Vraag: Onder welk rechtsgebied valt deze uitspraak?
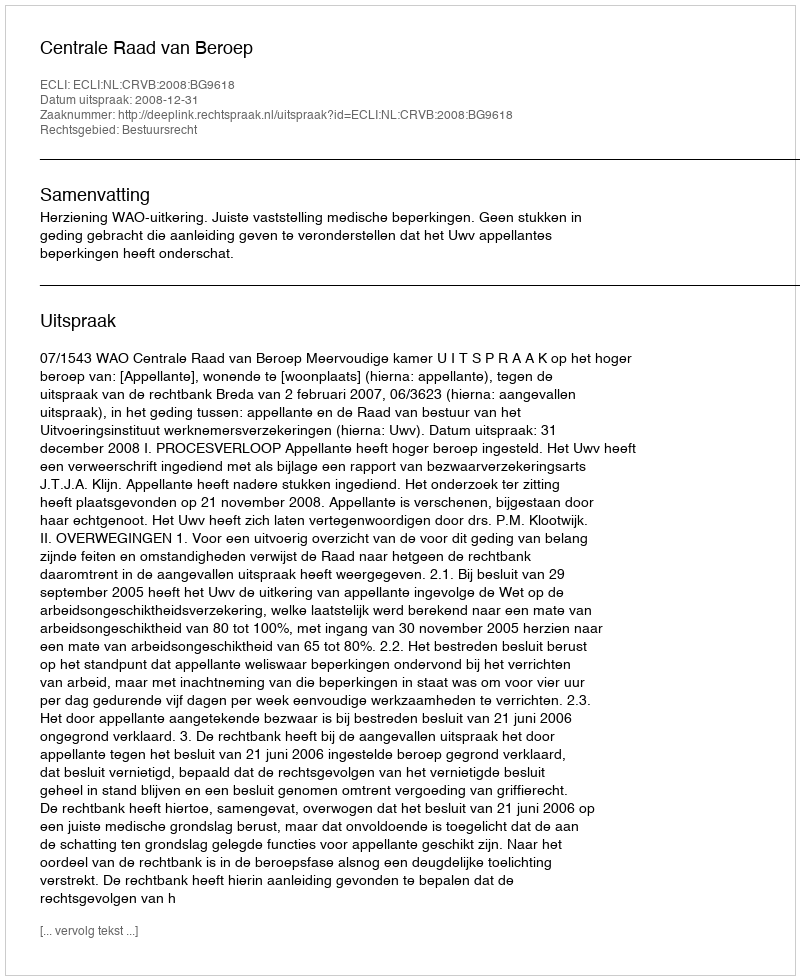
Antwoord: Bestuursrecht